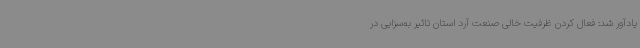
یادآور شد: فعال کردن ظرفیت خالی صنعت آرد استان تاثیر به‌سزایی در